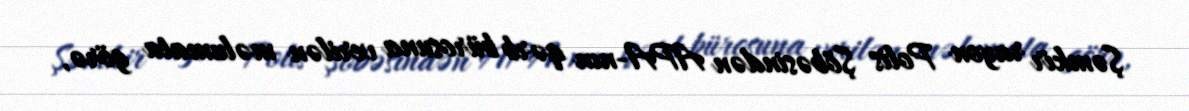
Şəmkir rayon Polis Şöbəsindən APA-nın qərb bürosuna verilən məlumata görə,